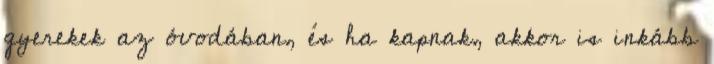
gyerekek az óvodában, és ha kapnak, akkor is inkább